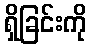
ရှိခြင်းကို